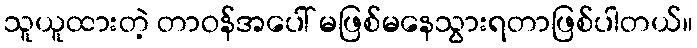
သူယူထားတဲ့ တာဝန်အပေါ် မဖြစ်မနေသွားရတာဖြစ်ပါတယ်။